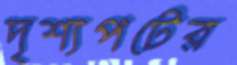
দৃশ্যপটের